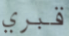
قبري